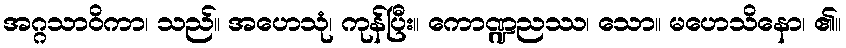
အဂ္ဂသာဝိကာ၊ သည်။ အဟေသုံ၊ ကုန်ပြီး။ ကောဏ္ဍညဿ၊ သော။ မဟေသိနော၊ ၏။